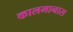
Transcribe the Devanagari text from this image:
कालमानास